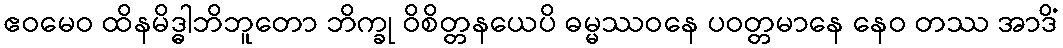
ဧဝမေဝ ထိနမိဒ္ဓါဘိဘူတော ဘိက္ခု ဝိစိတ္တနယေပိ ဓမ္မဿဝနေ ပဝတ္တမာနေ နေဝ တဿ အာဒိံ